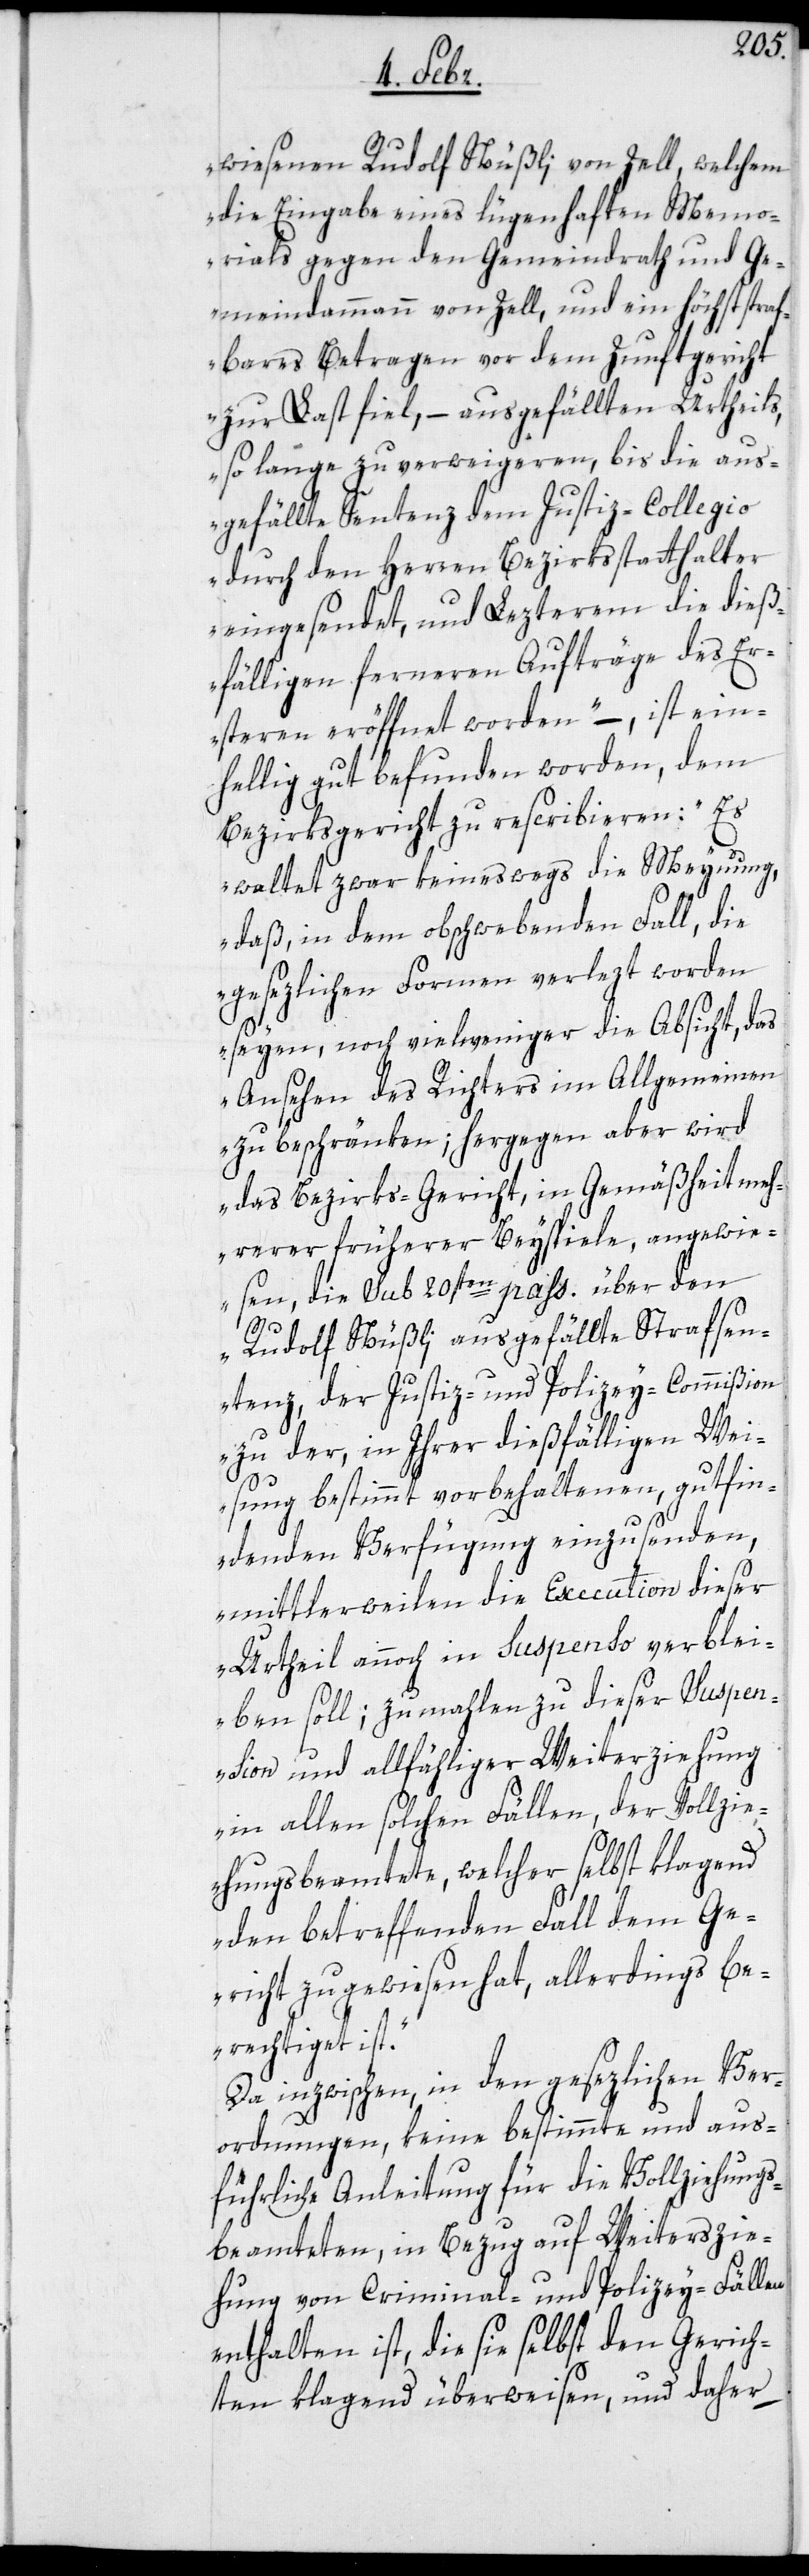
wiesenen Rudolf Nüßli von Zell, welchem
die Eingabe eines lügenhaften Memo¬
rials gegen den Gemeindrath und Ge¬
meindammann von Zell, und ein höchst straf¬
bares Betragen vor dem Zunftgericht
zur Last fiel, – ausgefällten Urtheils,
so lange zu verweigeren, bis die aus¬
gefällte Sentenz dem Justiz-Collegio
durch den Herren Bezirksstatthalter
eingesendet, und Lezterem die dieß¬
fälligen ferneren Aufträge des Er¬
steren eröffnet worden“, – ist ein¬
hellig gut befunden worden, dem
Bezirksgericht zu rescribieren: „Es
waltet zwar keineswegs die Meynung,
daß, in dem obschwebenden Fall, die
gesezlichen Formen verlezt worden
seyen, noch viel weniger die Absicht, das
Ansehen des Richters im Allgemeinen
zu beschränken; hergegen aber wird
das Bezirks-Gericht, in Gemäßheit meh¬
rerer früherer Beyspiele, angewi¬
esen, die sub 20sten pass. über den
Rudolf Nüßli ausgefällte Strafsen¬
tenz, der Justiz- und Polizey-Commißion
zu der, in Ihrer dießfälligen Wei¬
sung bestimmt vorbehaltenen, gutfin¬
denden Verfügung einzusenden,
mittlerweilen die Execution dieser
Urtheil annoch in Suspenso verblei¬
ben soll; zumahlen zu dieser Suspe¬
nsion und allfähliger Weiterziehung
in allen solchen Fällen, der Vollzi¬
ehungsbeamtete, welcher selbst klagend
den betreffenden Fall dem Ge¬
richt zugewiesen hat, allerdings be¬
rechtiget ist“.
Da inzwischen, in den gesezlichen Ver¬
ordnungen, keine bestimmte und aus¬
führliche Anleitung für die Vollziehungs¬
beamteten in Bezug auf Weiterszie¬
hung von Criminal- und Polizey-Fällen
enthalten ist, die sie selbst den Gerich¬
ten klagend überweisen, und daher